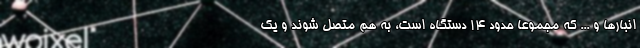
انبار‌ها و ... که مجموعا حدود ۱۴ دستگاه است، به هم متصل شوند و یک